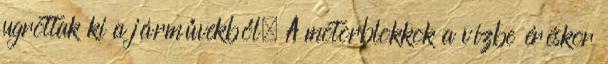
ugrottak ki a járművekből. A motorblokkok a vízbe éréskor